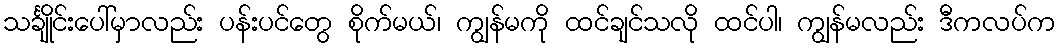
သင်္ချိုင်းပေါ်မှာလည်း ပန်းပင်တွေ စိုက်မယ်၊ ကျွန်မကို ထင်ချင်သလို ထင်ပါ၊ ကျွန်မလည်း ဒီကလပ်က